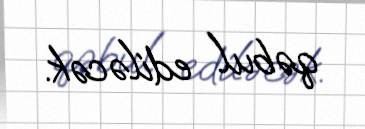
qəbul ediləcək.